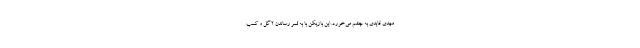
مهدی قایدی به چشم می‌خورد. این بازیکن با به ثمر رساندن ۲ گل و کسب